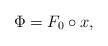
LaTeX: \begin{align*}\Phi = F_0 \circ x, \end{align*}